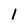
Character: 1